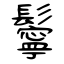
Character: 鬡